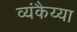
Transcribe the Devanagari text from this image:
व्यंकैय्या